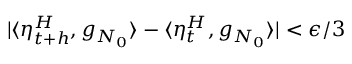
| \langle \eta _ { t + h } ^ { H } , g _ { N _ { 0 } } \rangle - \langle \eta _ { t } ^ { H } , g _ { N _ { 0 } } \rangle | < \epsilon / 3